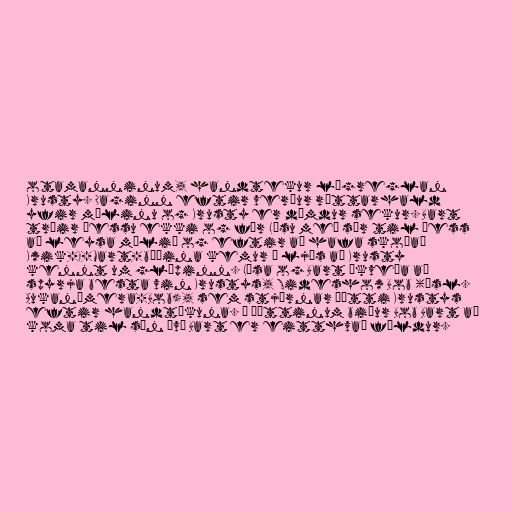
otamanninum, handtekur lögreglan
Krusty. Daginn eftir verður réttarhald
yfir málinu og Krusty er dæmdur sekur. Bart
trúir þessu ekki og fær Lísu með sér til þess
að leysa málið og eftir að hafa skoðað
Kwik-E-Mart-búðina kemur í ljós að Krusty
kennt um glæpinn. Lísa og Bart ákveða að
spyrja besta vin Krustys, Sideshow Bob (ísl.
Aukanúmera-Bob), sem stjórnar þætti Krustys
eftir handtökuna. Í þættinum biður Bob Bart að
koma til sín því Bart er eitthvað fýldur.